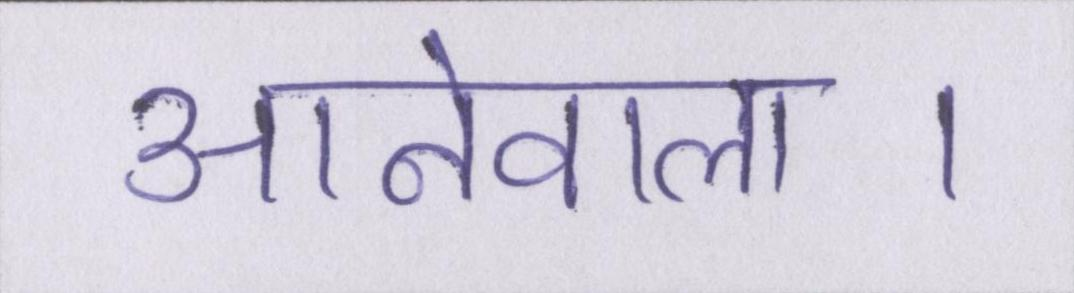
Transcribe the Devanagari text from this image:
आनेवाला।